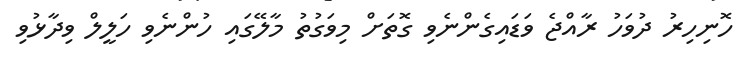
ހޮނިހިރު ދުވަހު ރާއްޖެ ވަޑައިގެންނެވި ގޮތަށް މިވަގުތު މާލޭގައި ހުންނެވި ހަލީލް ވިދާޅުވި